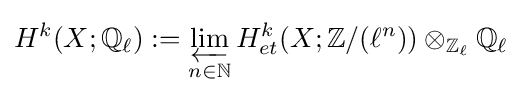
H^{k}(X;\mathbb {Q} _{\ell }):=\varprojlim _{n\in \mathbb {N} }H_{et}^{k}(X;\mathbb {Z} /(\ell ^{n}))\otimes _{\mathbb {Z} _{\ell }}\mathbb {Q} _{\ell }